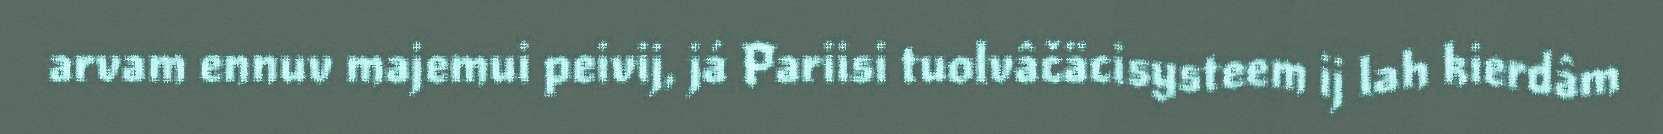
arvam ennuv majemui peivij, já Pariisi tuolvâčäcisysteem ij lah kierdâm